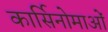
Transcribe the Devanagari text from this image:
कार्सिनोमाओं